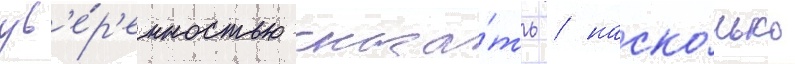
ув'е́р'енностью сказа́ть / наско́лько